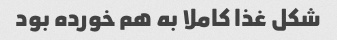
شکل غذا کاملا به هم خورده بود